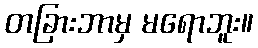
တခြားဘာမှ မရောဘူး။